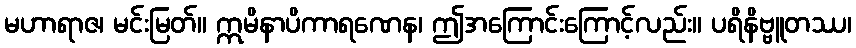
မဟာရာဇ၊ မင်းမြတ်။ ဣမိနာပိကာရဏေန၊ ဤအကြောင်းကြောင့်လည်း။ ပရိနိဗ္ဗူတဿ၊